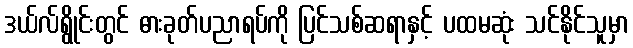
ဒယ်လ်ရွိုင်းတွင် ဓားခုတ်ပညာရပ်ကို ပြင်သစ်ဆရာနှင့် ပထမဆုံး သင်နိုင်သူမှာ